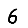
Digit: 6